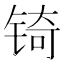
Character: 锜